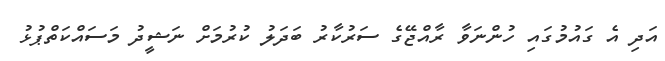
އަދި އެ ގައުމުގައި ހުންނަވާ ރާއްޖޭގެ ސަރުކާރު ބަދަލު ކުރުމަށް ނަޝީދު މަސައްކަތްޕުޅު